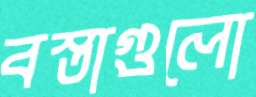
বস্তাগুলো